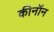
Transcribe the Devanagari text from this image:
कीनॉन